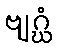
ဗျဂ္ဃံ